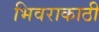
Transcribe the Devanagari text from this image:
भिवराकाठी